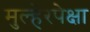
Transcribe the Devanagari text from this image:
मुल्हेरपेक्षा